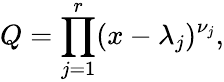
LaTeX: Q=\prod_{j=1}^{r}(x-\lambda_{j})^{\nu_{j}},